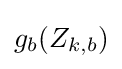
g_{b}(Z_{k,b})